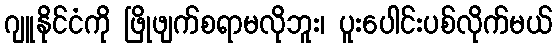
ဂျူနိုင်ငံကို ဖြိုဖျက်စရာမလိုဘူး၊ ပူးပေါင်းပစ်လိုက်မယ်